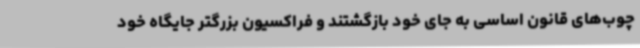
چوب‌های قانون اساسی به جای خود بازگشتند و فراکسیون بزرگتر جایگاه خود